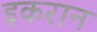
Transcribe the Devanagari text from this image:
इकरान